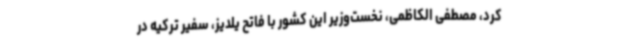
کرد، مصطفی الکاظمی، نخست‌وزیر این کشور با فاتح یلدیز، سفیر ترکیه در